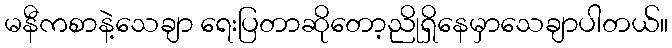
မနီကစာနဲ့သေချာ ရေးပြတာဆိုတော့ညိုရှိနေမှာသေချာပါတယ်။